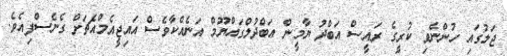
ޖަލުގައި ހުންނެވި ކުރީގެ ރައީސް އަބްދު ޔާމީން އަބްދުލްގައްޔޫމް އަނެއްކާވެސް އައިޖީއެމްއެޗަށް ގެނެސްފިއެވެ.